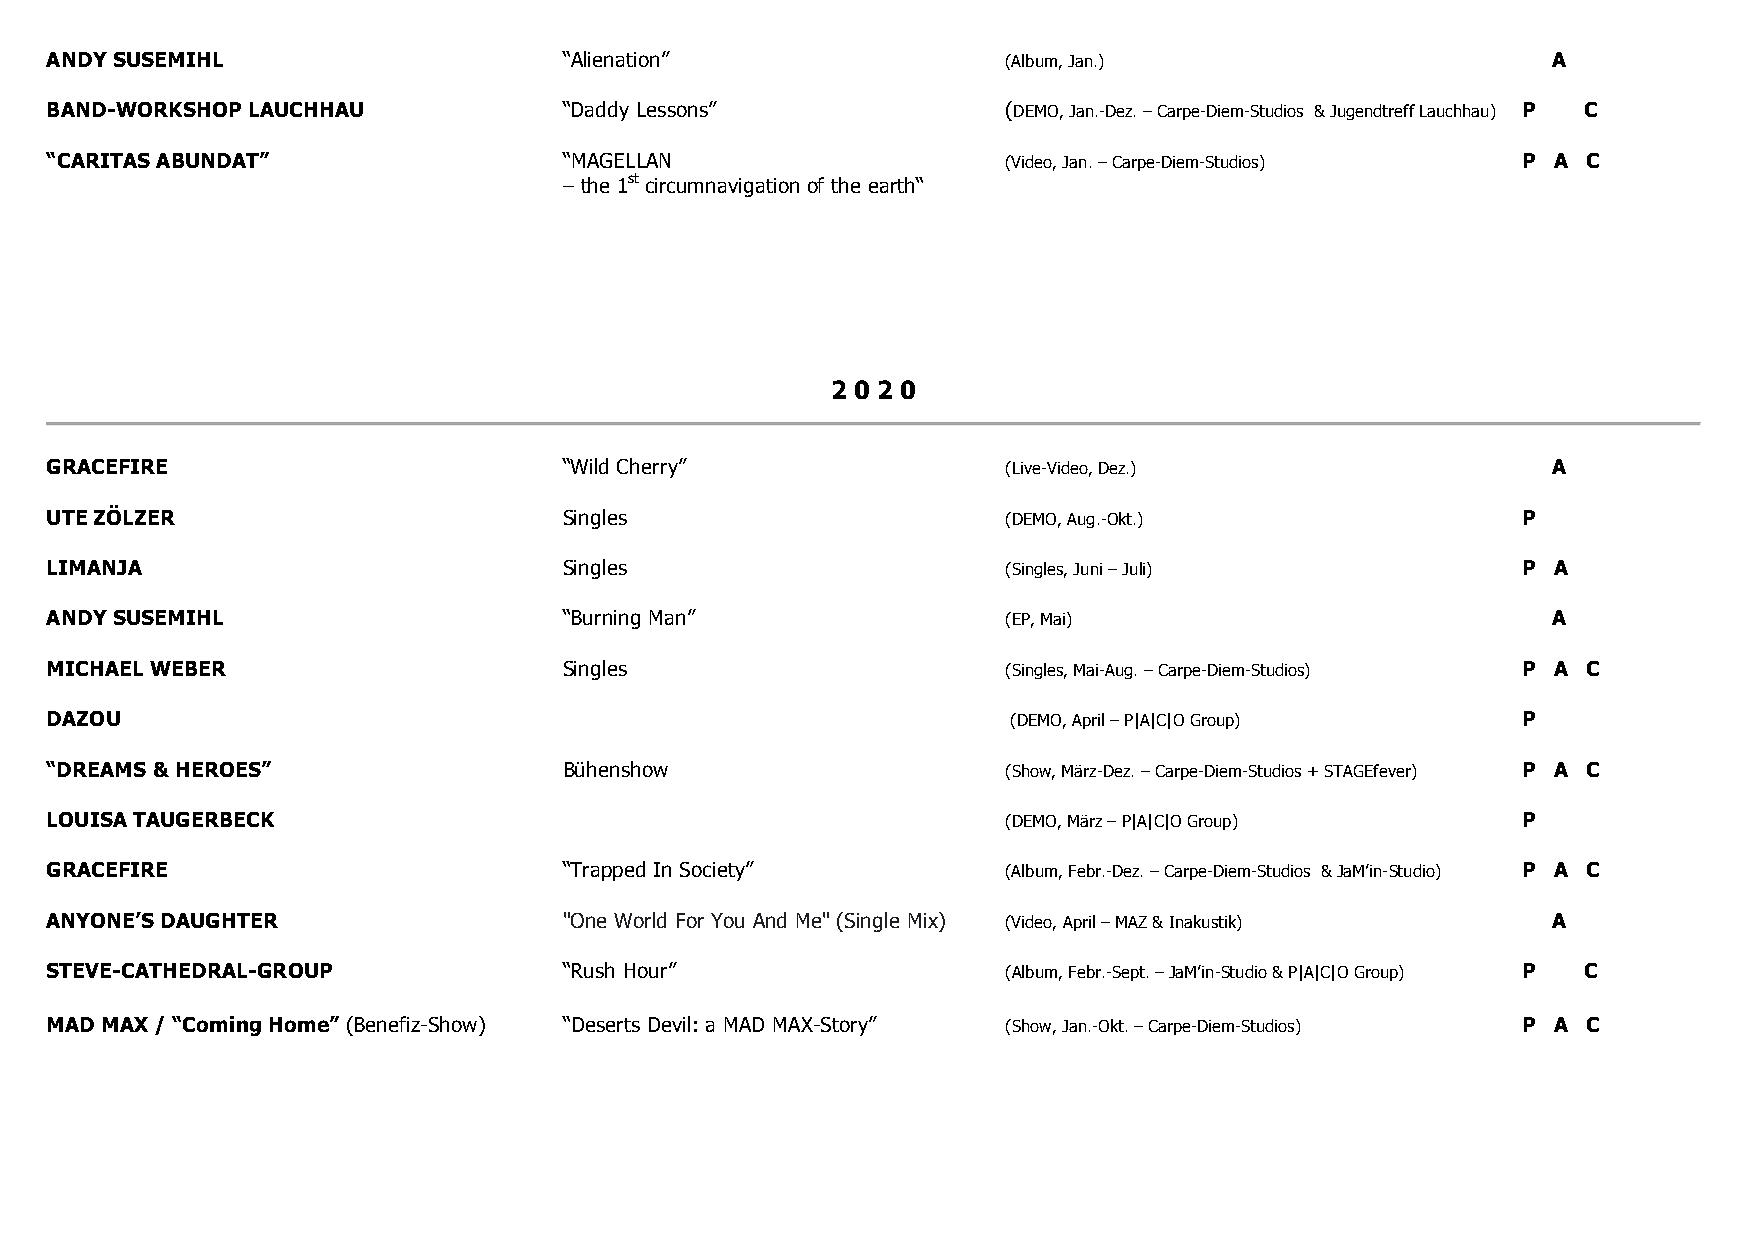
ANDY SUSEMIHL                     “Alienation”                  (Album, Jan.)                       A
 BAND-WORKSHOP LAUCHHAU            “Daddy Lessons”               (DEMO, Jan.-Dez. – Carpe-Diem-Studios & Jugendtreff Lauchhau) P C
 “CARITAS ABUNDAT”                 “MAGELLAN                     (Video, Jan. – Carpe-Diem-Studios) P A C
 – the 1st circumnavigation of the earth“
 2 0 2 0
 GRACEFIRE                         “Wild Cherry”                 (Live-Video, Dez.)                  A
 UTE ZÖLZER                        Singles                       (DEMO, Aug.-Okt.)                 P
 LIMANJA                           Singles                       (Singles, Juni – Juli)            P A
 ANDY SUSEMIHL                     “Burning Man”                 (EP, Mai)                           A
 MICHAEL WEBER                     Singles                       (Singles, Mai-Aug. – Carpe-Diem-Studios) P A C
 DAZOU                                                           (DEMO, April – P|A|C|O Group)     P
 “DREAMS & HEROES”                 Bühenshow                     (Show, März-Dez. – Carpe-Diem-Studios + STAGEfever) P A C
 LOUISA TAUGERBECK                                               (DEMO, März – P|A|C|O Group)      P
 GRACEFIRE                         “Trapped In Society”          (Album, Febr.-Dez. – Carpe-Diem-Studios & JaM’in-Studio) P A C
 ANYONE’S DAUGHTER                 "One World For You And Me" (Single Mix) (Video, April – MAZ & Inakustik) A
 STEVE-CATHEDRAL-GROUP             “Rush Hour”                   (Album, Febr.-Sept. – JaM’in-Studio & P|A|C|O Group) P C
 MAD MAX / “Coming Home” (Benefiz-Show) “Deserts Devil: a MAD MAX-Story” (Show, Jan.-Okt. – Carpe-Diem-Studios) P A C